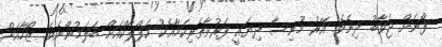
ފޯނަށް ޖަވާބު ދިނެވެ. އޭރު މޫނިސާ ދިޔައީ ފަރުވާތެރިކަމާއެކު އަފްލާކްއަށް ބަލަމުންނެވެ. ޒޯހާއަށް